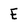
Character: E